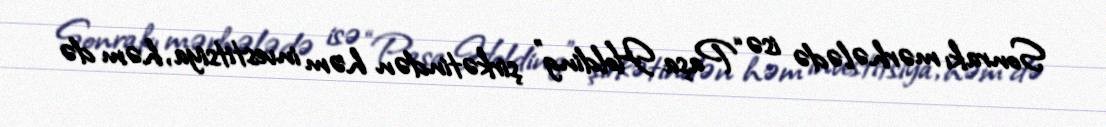
Sonrakı mərhələdə isə “Paşa Holding” şirkətindən həm investitsiya, həm də